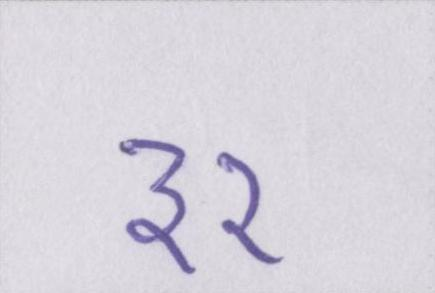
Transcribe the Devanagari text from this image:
३२